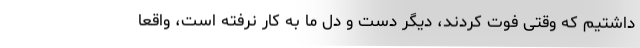
داشتیم که وقتی فوت کردند، دیگر دست و دل ما به کار نرفته است، واقعا